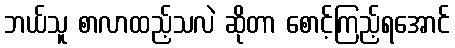
ဘယ်သူ စာလာထည့်သလဲ ဆိုတာ စောင့်ကြည့်ရအောင်